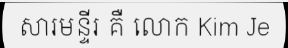
សារមន្ទីរ គឺ លោក Kim Je